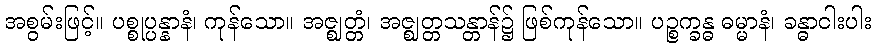
အစွမ်းဖြင့်။ ပစ္စုပ္ပန္နာနံ၊ ကုန်သော။ အဇ္ဈတ္တံ၊ အဇ္ဈတ္တသန္တာန်၌ ဖြစ်ကုန်သော။ ပဉ္စက္ခန္ဓ ဓမ္မာနံ၊ ခန္ဓာငါးပါး